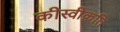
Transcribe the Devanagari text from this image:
कीस्वीक्रति